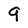
Character: 9